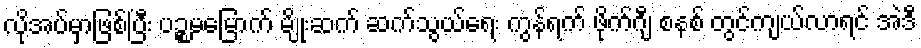
လိုအပ်မှာဖြစ်ပြီး ပဉ္စမမြောက် မျိုးဆက် ဆက်သွယ်ရေး ကွန်ရက် ဖိုက်ဂျီ စနစ် တွင်ကျယ်လာရင် အဲဒီ